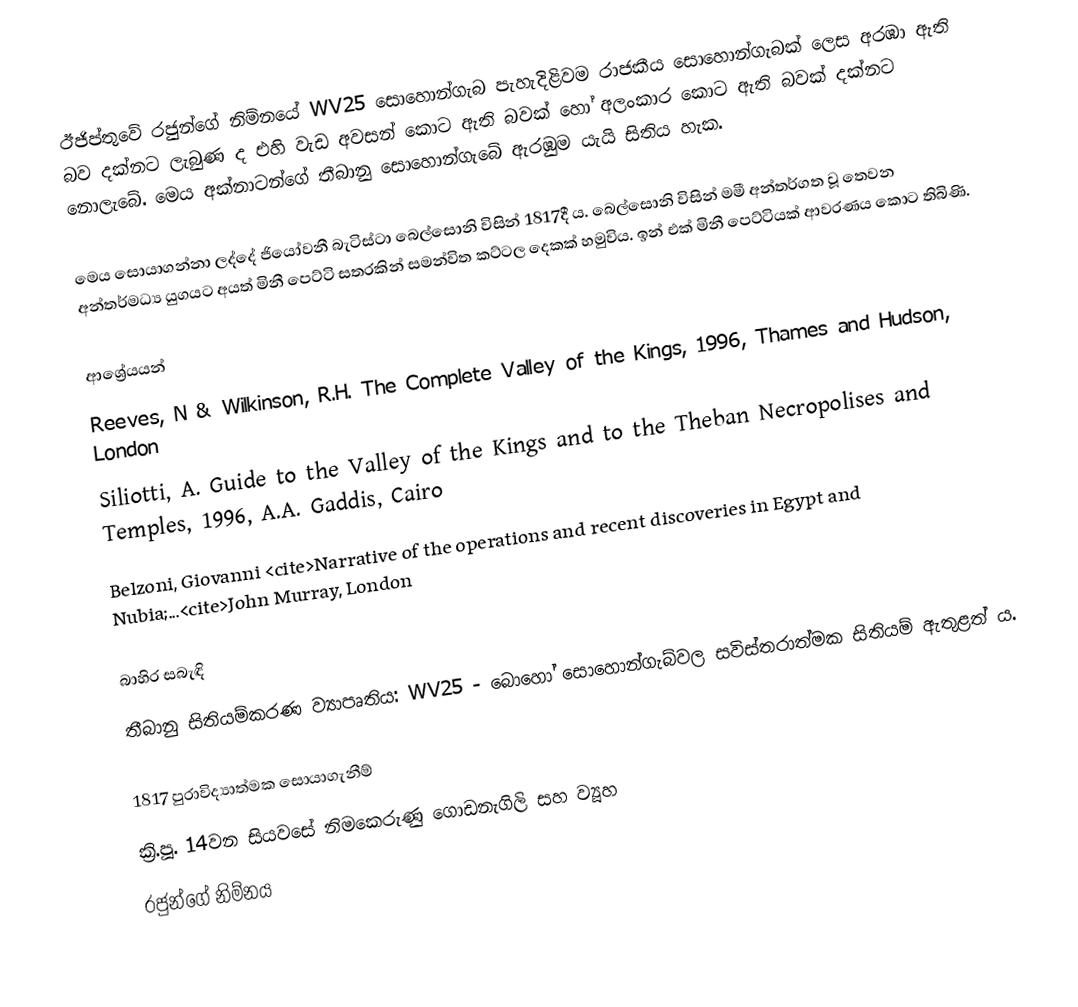
ඊජිප්තුවේ රජුන්ගේ නිම්නයේ WV25 සොහොන්ගැබ පැහැදිළිවම රාජකීය සොහොන්ගැබක් ලෙස අරඹා ඇති බව දක්නට ලැබුණ ද එහි වැඩ අවසන් කොට ඇති බවක් හෝ අලංකාර කොට ඇති බවක් දක්නට නොලැබේ. මෙය අක්නාටන්ගේ තීබානු සොහොන්ගැබේ ඇරඹුම යැයි සිතිය හැක.

මෙය සොයාගන්නා ලද්දේ ජියෝවනී බැටිස්ටා බෙල්සොනි විසින් 1817දී ය. බෙල්සොනි විසින් මමී අන්තර්ගත වූ තෙවන අන්තර්මධ්‍ය යුගයට අයත්  මිනී පෙට්ටි සතරකින් සමන්විත කට්ටල දෙකක් හමුවිය. ඉන් එක් මිනී පෙට්ටියක් ආවරණය කොට තිබිණි.

ආශ්‍රේයයන්
Reeves, N & Wilkinson, R.H. The Complete Valley of the Kings, 1996, Thames and Hudson, London
Siliotti, A. Guide to the Valley of the Kings and to the Theban Necropolises and Temples, 1996, A.A. Gaddis, Cairo
Belzoni, Giovanni <cite>Narrative of the operations and recent discoveries in Egypt and Nubia;...<cite>John Murray, London

බාහිර සබැඳි
තීබානු සිතියම්කරණ ව්‍යාපෘතිය: WV25 - බොහෝ සොහොන්ගැබ්වල සවිස්තරාත්මක සිතියම් ඇතුළත් ය.

1817 පුරාවිද්‍යාත්මක සොයාගැනීම්
ක්‍රි.පූ. 14වන සියවසේ නිමකෙරුණු ගොඩනැගිලි සහ ව්‍යූහ
රජුන්ගේ නිම්නය